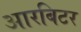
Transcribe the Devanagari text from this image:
आरबिटर